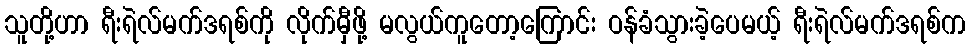
သူတို့ဟာ ရီးရဲလ်မက်ဒရစ်ကို လိုက်မှီဖို့ မလွယ်ကူတော့ကြောင်း ဝန်ခံသွားခဲ့ပေမယ့် ရီးရဲလ်မက်ဒရစ်က